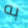
به